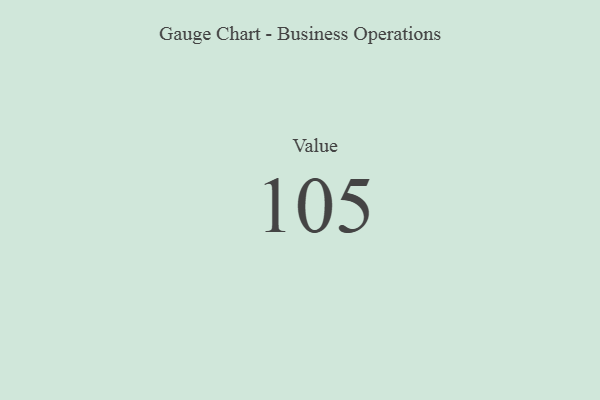
{"axis": {"x": "Metric", "y": "Value"}, "legend": [""], "data": [{"x": "Value", "y": 105, "type": ""}]}